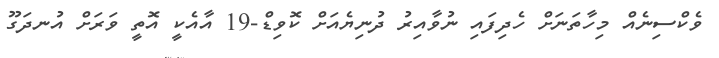
ވެކްސިނެއް މިހާތަނަށް ހެދިފައި ނުވާއިރު ދުނިޔެއަށް ކޮވިޑް-19 އާއެކީ އޮތީ ވަރަށް އުނދަގޫ